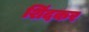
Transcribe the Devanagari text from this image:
शिंदकर